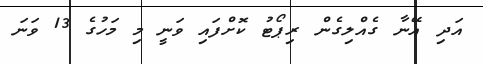
އަދި އޭނާ ގެއްލިގެން ރިޕޯޓު ކޮށްފައި ވަނީ މި މަހުގެ 13 ވަނަ